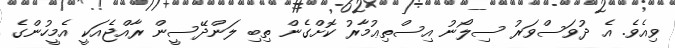
ވިއެވެ. އެ ދުވަސްވަރު ސިލޯނު އިސްތިޢުމާރު ކޮށްގެން ތިބި ލަންދޭސީން ރާއްޖެއަކީ އެމީހުންގެ